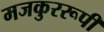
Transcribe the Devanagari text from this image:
मजकुररूपी